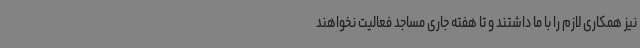
نیز همکاری لازم را با ما داشتند و تا هفته جاری مساجد فعالیت نخواهند